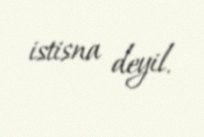
istisna deyil.